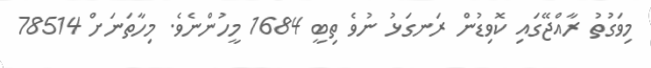
މިވަގުތު ރާއްޖޭގައި ކޮވިޑުން ރަނގަޅު ނުވެ ތިބީ 1684 މީހުންނެވެ. މިހާތަނަށް 78514